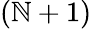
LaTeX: (\mathbb{N}+1)